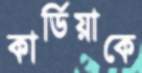
কার্ডিয়াকে